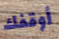
أوقفك